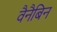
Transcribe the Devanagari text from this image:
वैनैबिन